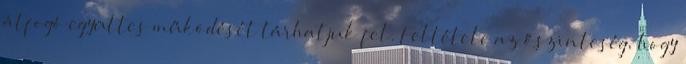
átfogó együttes működését tárhatjuk fel. Feltétele az őszinteség, hogy